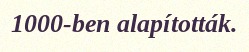
1000-ben alapították.